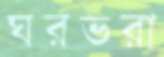
ঘরভরা